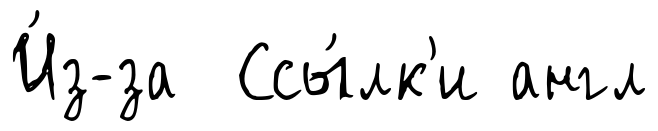
И́з-за Ссы́лк'и англ